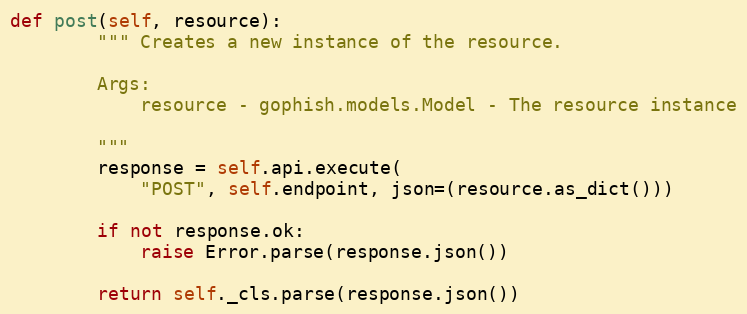
Language: Python
def post(self, resource):
        """ Creates a new instance of the resource.

        Args:
            resource - gophish.models.Model - The resource instance

        """
        response = self.api.execute(
            "POST", self.endpoint, json=(resource.as_dict()))

        if not response.ok:
            raise Error.parse(response.json())

        return self._cls.parse(response.json())